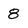
Character: 8